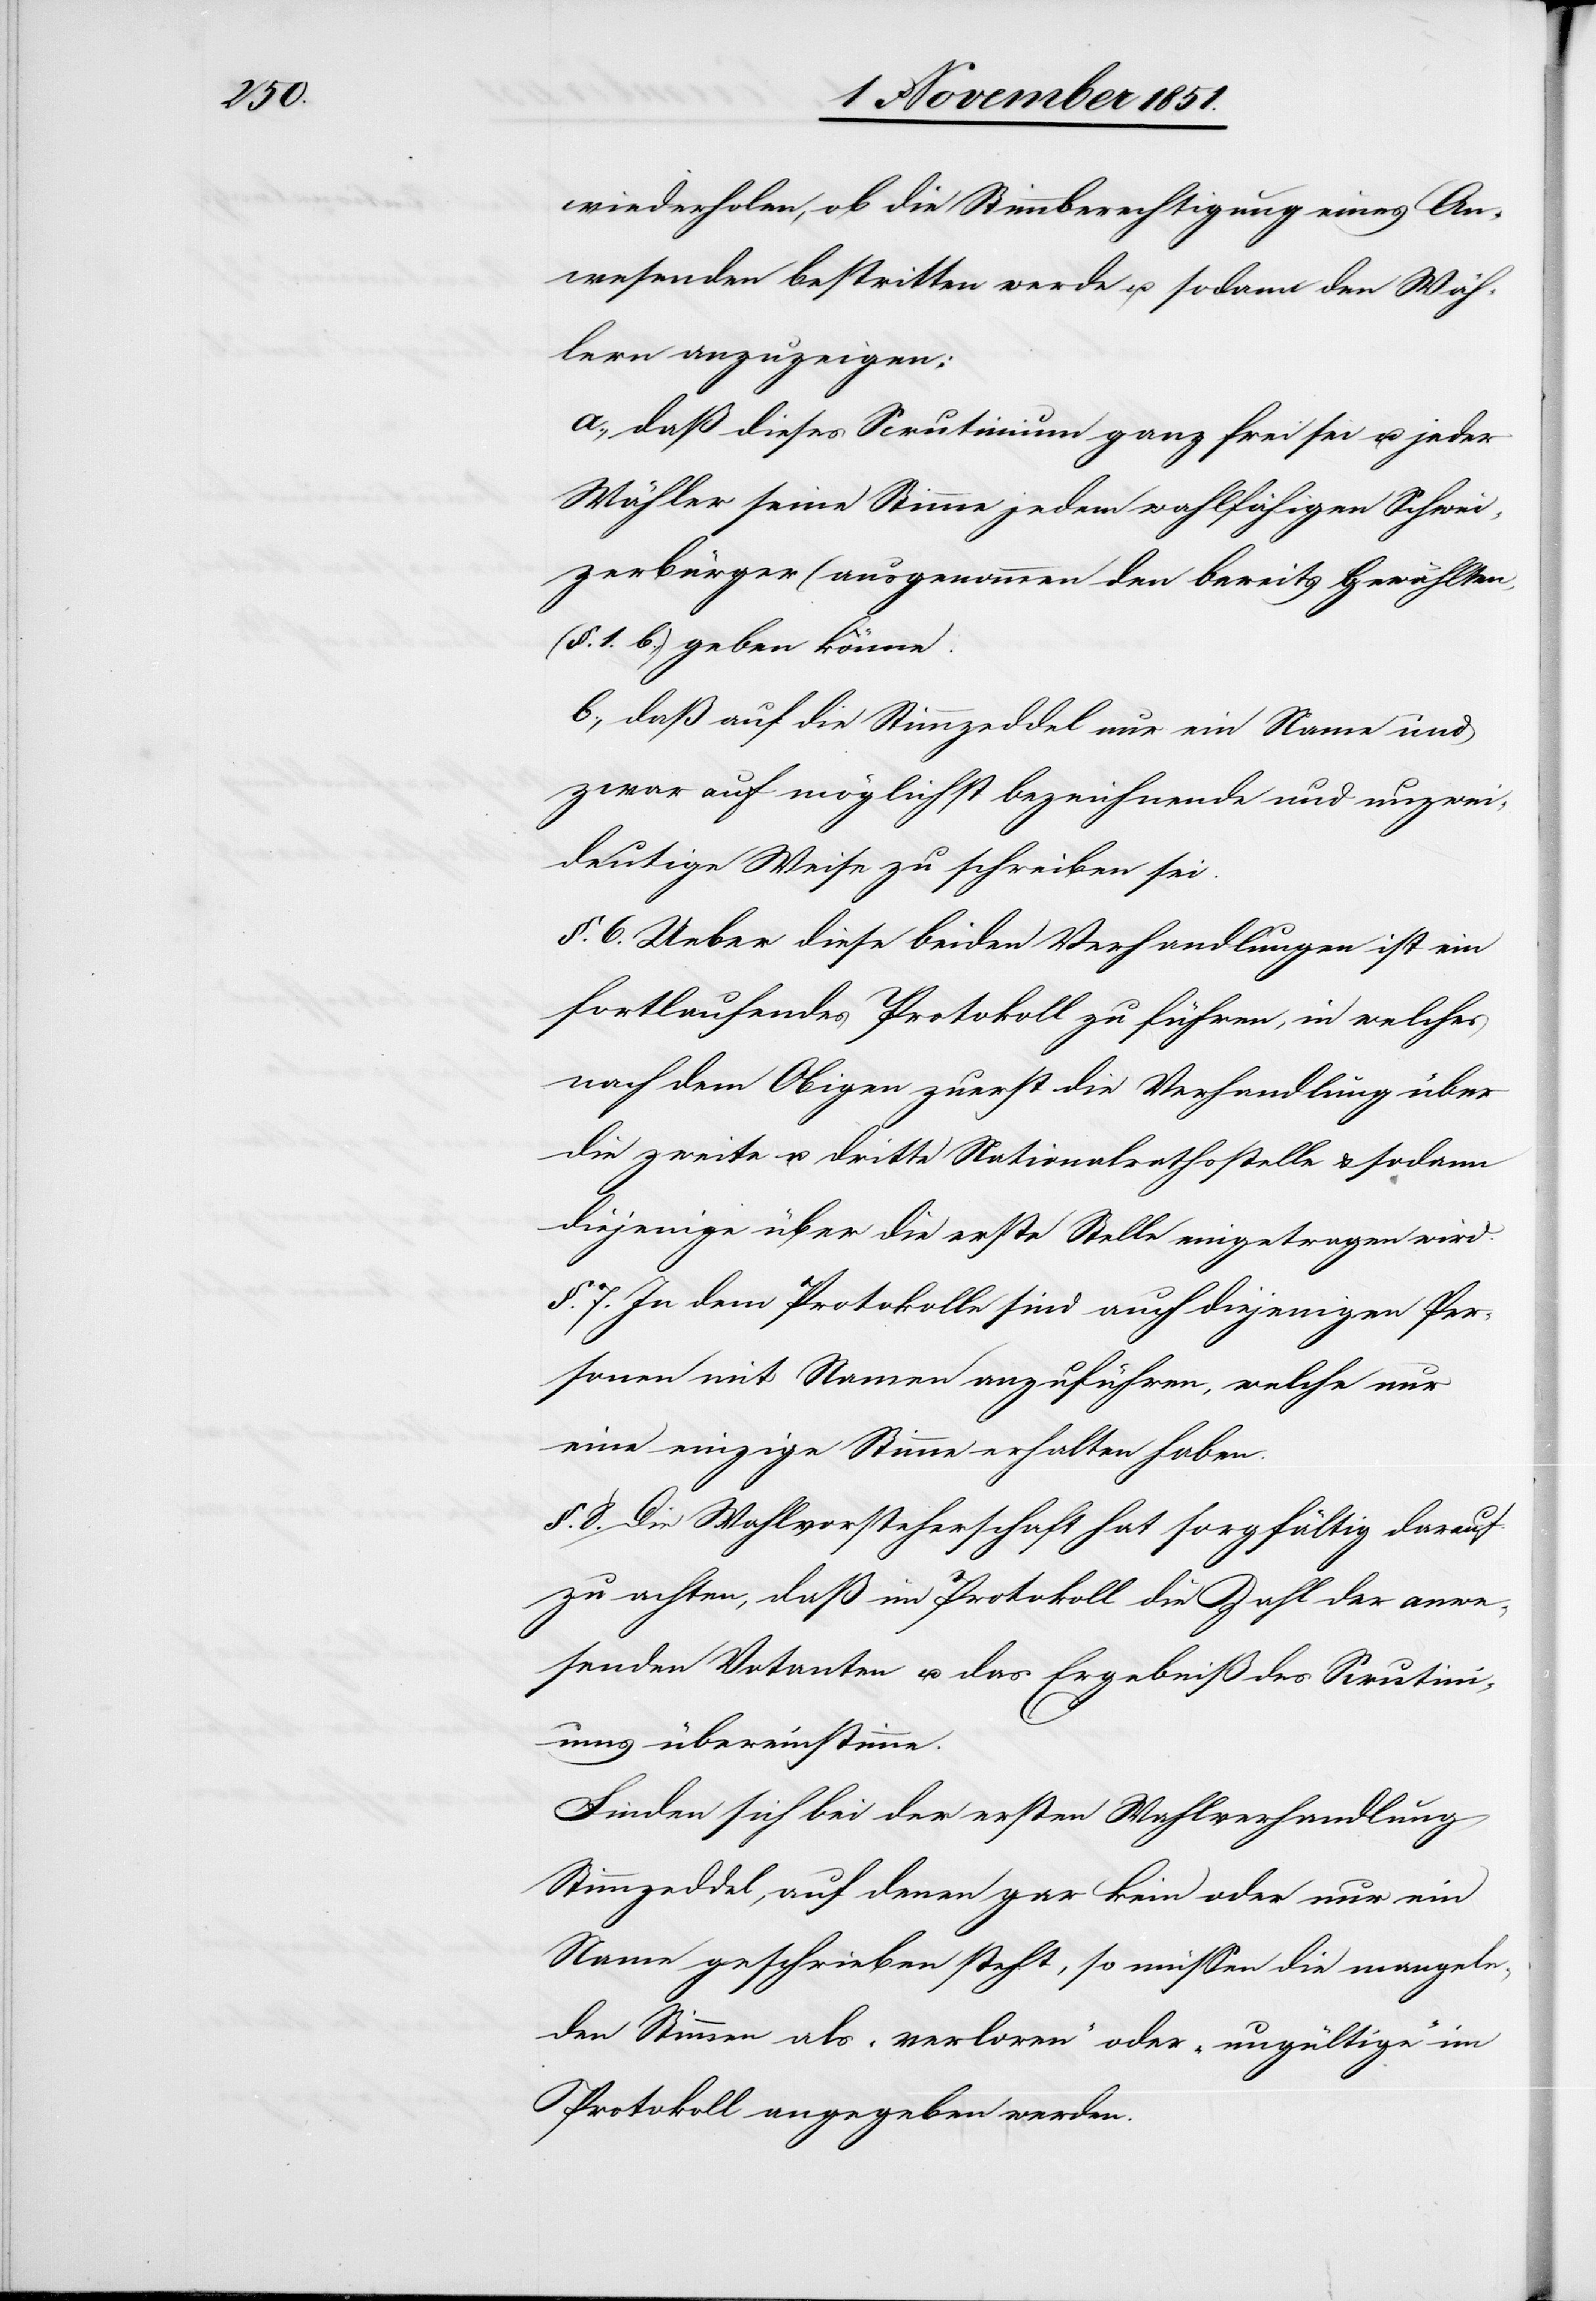
wiederholen, ob die Stimmberechtigung eines An¬
wesenden bestritten werde u. sodann den Wäh¬
lern anzuzeigen:
a., daß dieses Scrutinium ganz frei sei u. jeder
Wähler seine Stimme jedem wahlfähigen Schwei¬
zerbürger (ausgenommen den bereits Gewählten,
(§. 1. b.,)[)] geben könne.
b., daß auf die Stimmzeddel nur ein Name und
zwar auf möglichst bezeichnende und unzwei¬
deutige Weise zu schreiben sei.
§. 6. Ueber diese beiden Verhandlungen ist ein
fortlaufendes Protokoll zu führen, in welches
nach dem Obigen zuerst die Verhandlung über
die zweite u. dritte Nationalrathsstelle & sodann
diejenige über die erste Stelle eingetragen wird.
§. 7. In dem Protokolle sind auch diejenigen Per¬
sonen mit Namen anzuführen, welche nur
eine einzige Stimme erhalten haben.
§. 8. Die Wahlvorsteherschaft hat sorgfältig darauf
zu achten, daß im Protokoll die Zahl der anwe¬
senden Votanten u. das Ergebniß des Scrutini¬
ums übereinstimme.
Finden sich bei der ersten Wahlverhandlung
Stimmzeddel, auf denen gar kein oder nur ein
Name geschrieben steht, so müssen die mangeln¬
den Stimmen als „verloren“ oder „ungültige“ im
Protokoll angegeben werden.